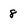
Character: 8